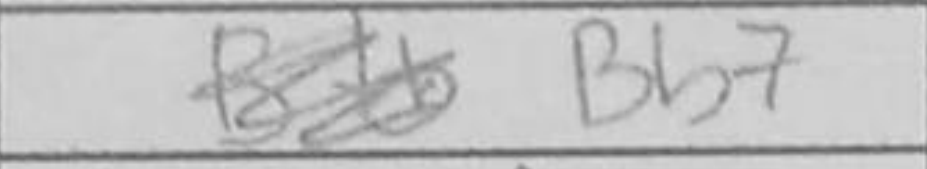
Transcription: Bb7